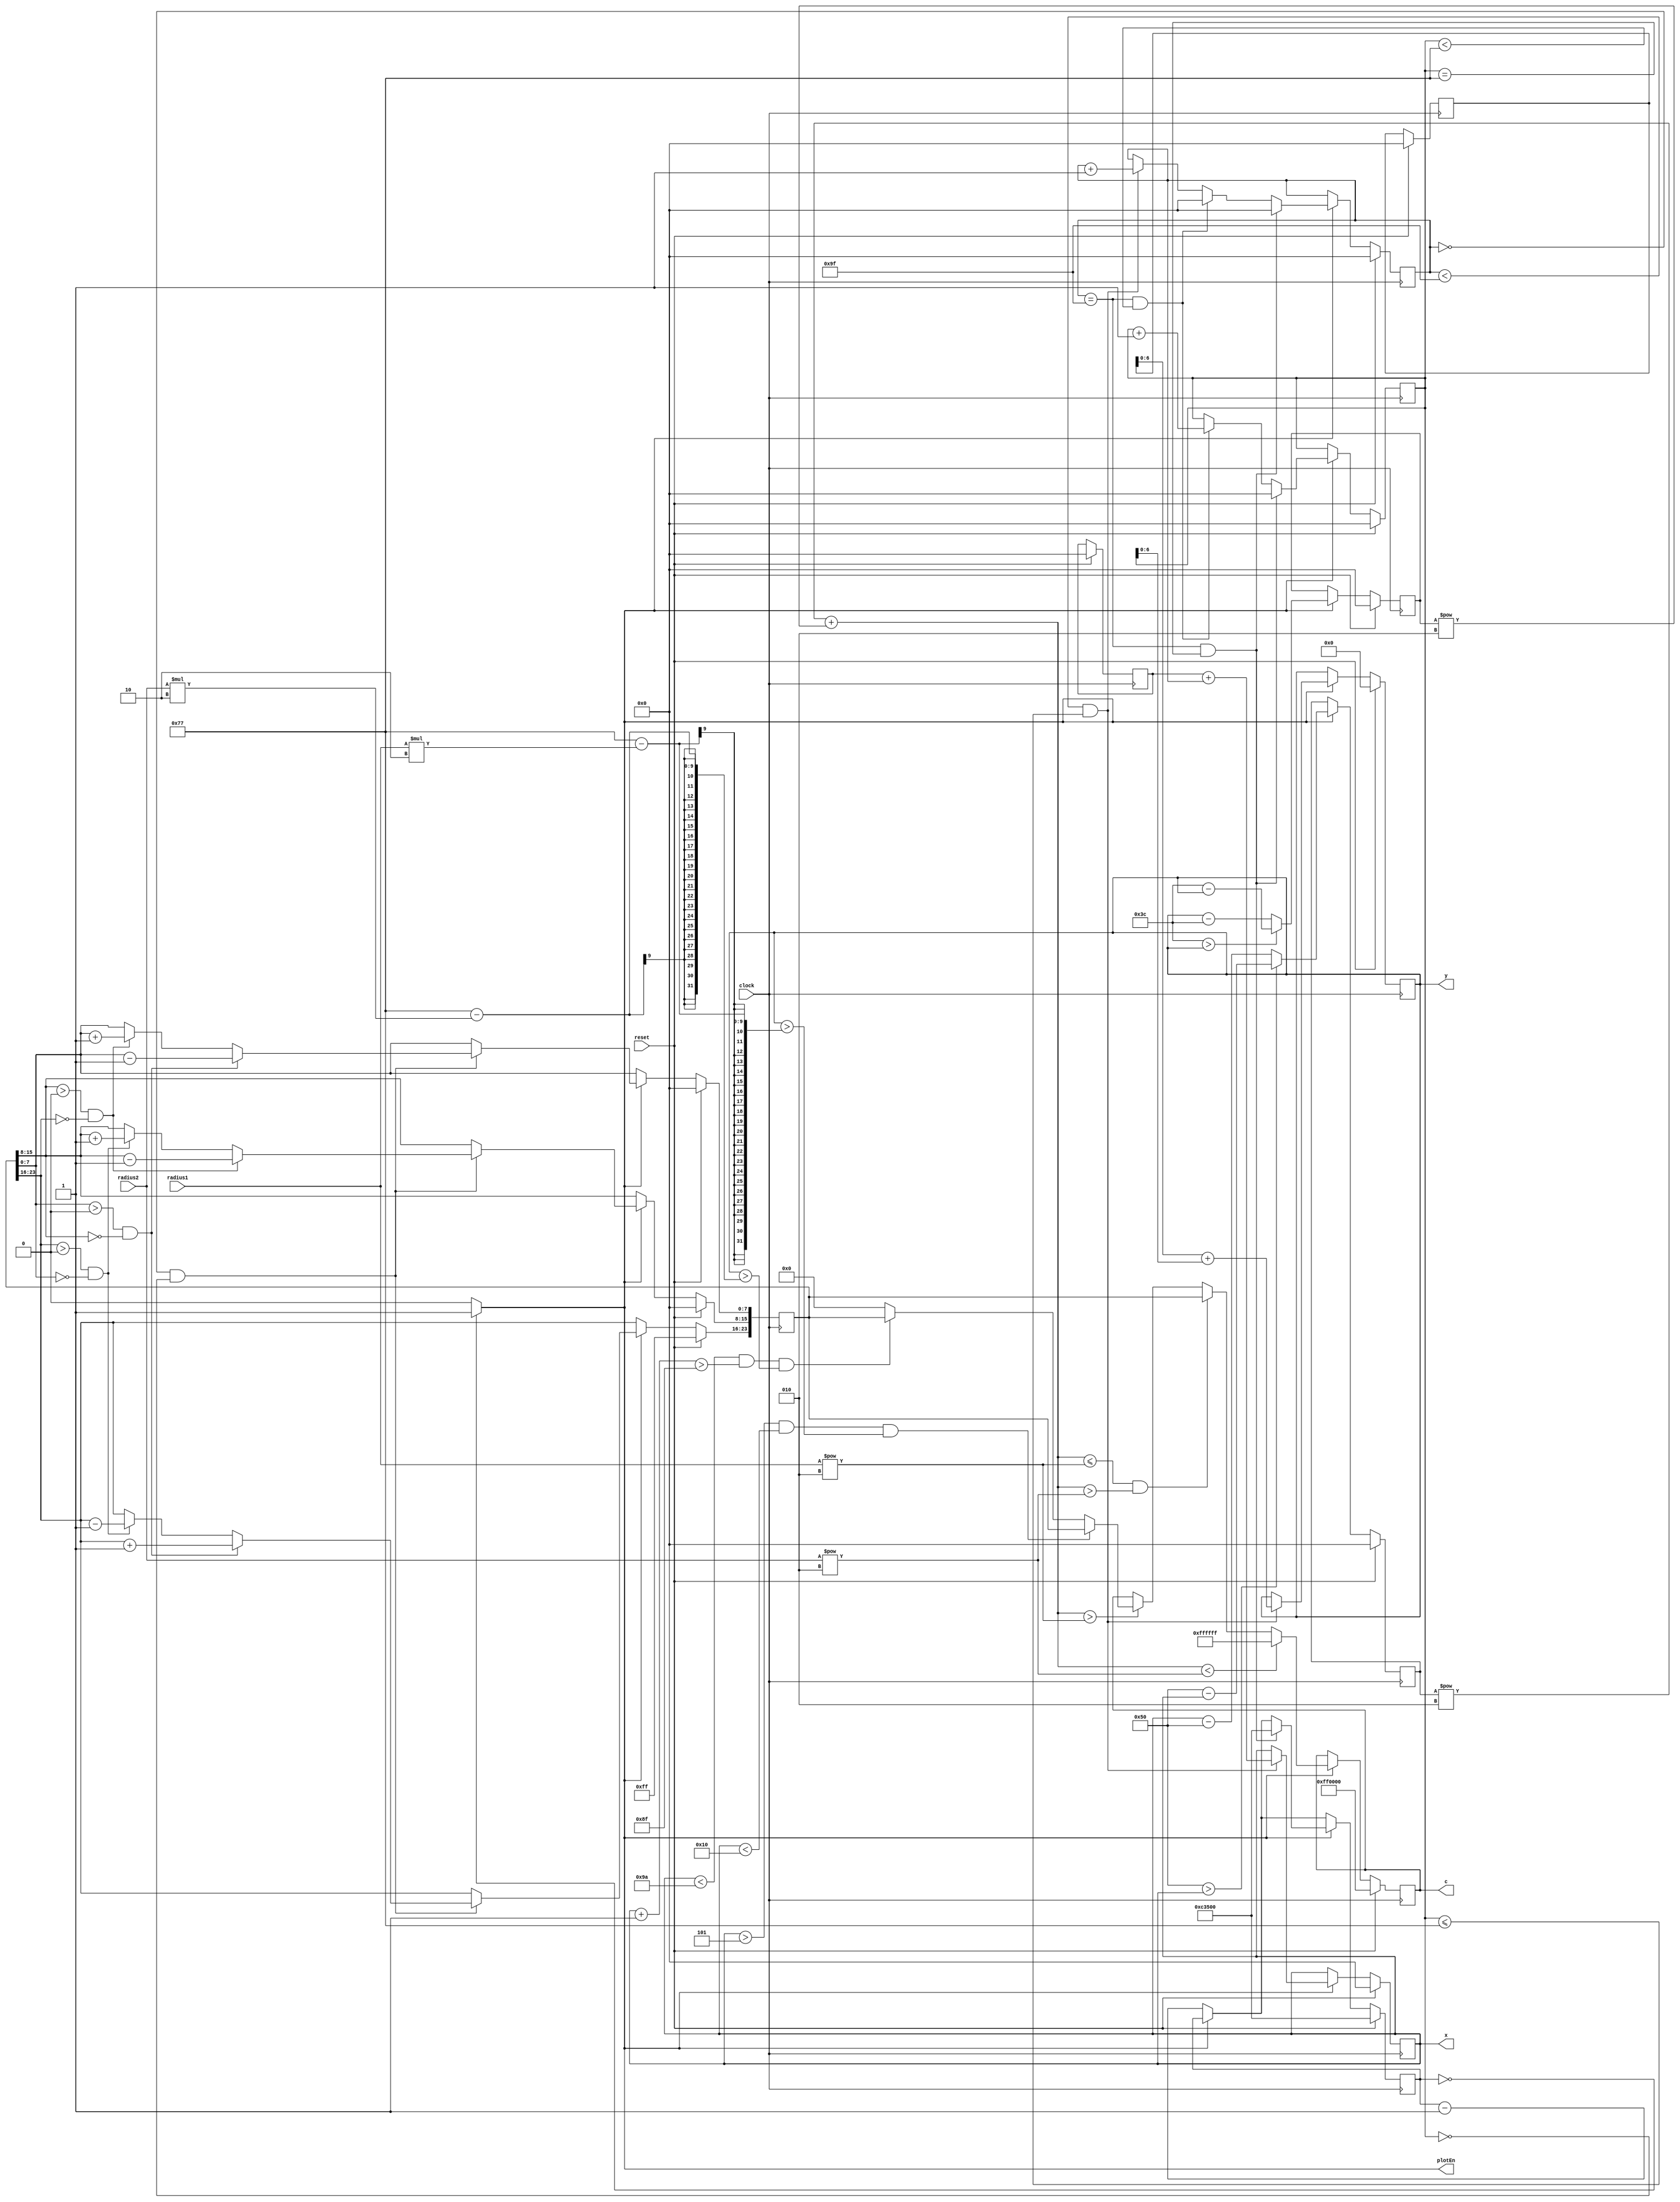
module plotdata(
	input clock,
	input reset,
	input [6:0]radius1,
	input [6:0]radius2,
	output reg [7:0] x,
	output reg [6:0] y,
	output reg [23:0] c,
	output plotEn);

	reg [7:0] buffer_x, buffer_y, counter_x, counter_y;
   reg [23:0] buffer_c;
	reg [20:0]counter;
	reg [7:0]x_middle, y_middle;
	
	localparam limit_x = 8'b10100000 - 1;
   localparam limit_y = 8'b01111000 - 1;
	localparam limit_x_half = (limit_x + 1)/2;
	localparam limit_y_half = (limit_y + 1)/2;
	
	assign plotEn = (counter == 0) ? 1:0;
	
	always@(posedge clock) begin
        if(reset) begin
            counter_x <= 8'b0;
            counter_y <= 8'b0;
            buffer_x <= 8'b0;
            buffer_y <= 7'b0;
				buffer_c <= 24'HFF0000;
            x <= 8'b0;
            y <= 7'b0;
            c <= 24'HFF0000;
				x_middle <= 0;
				y_middle <= 0;
				counter <= 20'b11000011010100000000;
        end
        else begin
				if (!plotEn) begin
					counter <= counter - 1;
				end
            if(plotEn) begin
					 x_middle <= (limit_x_half > x)? (limit_x_half - x):(x - limit_x_half);
					 y_middle <= (limit_y_half > y)? (limit_y_half - y):(y - limit_y_half);
                if((counter_x < limit_x) && (counter_y <= limit_y)) begin
                    x <= buffer_x + counter_x;
                    y <= buffer_y + counter_y;
                    counter_x <= counter_x + 1;
                end
                if((counter_x == limit_x) && (counter_y < limit_y)) begin
                    counter_y <= counter_y + 1;
                    counter_x <= 0;
                end
					 if ((counter_x == limit_x) && (counter_y == limit_y)) begin
							counter_x <= 0;
							counter_y <= 0;
							counter <= 20'b11000011010100000000;
					 end
					 if ((counter_x == 0) && (counter_y == 0)) begin
							if (buffer_c[23:16] > 0 && buffer_c[7:0] == 0) begin
								buffer_c[23:16] <= buffer_c[23:16] - 1;		//changes red value
								buffer_c[15:8] <= buffer_c[15:8] + 1;			//changes green value
							end
							if (buffer_c[15:8] > 0 && buffer_c[23:16] == 0) begin
								buffer_c[15:8] <= buffer_c[15:8] - 1;
								buffer_c[7:0] <= buffer_c[7:0] + 1;
							end
							if (buffer_c[7:0] > 0 && buffer_c[15:8] == 0) begin
								buffer_c[23:16] <= buffer_c[23:16] + 1;
								buffer_c[7:0] <= buffer_c[7:0] - 1;
							end
					 end
					 if ((({8'b0,x_middle}**2) + ({8'b0,y_middle}**2)) > {8'b0,radius1}**2) begin
							if ((x > 8'd5) && (x < 8'd16) && (y > limit_y - (radius1*2))) begin
								c <= buffer_c;
							end
							else begin
								if ((x < limit_x - 8'd5) && (x+1 > limit_x - 8'd16) && (y > limit_y - (radius2*2))) begin
									c <= buffer_c;
								end
								else begin
									c <= 24'b0;
								end
							end
					 end
					 if (((({8'b0,x_middle}**2) + ({8'b0,y_middle}**2)) <= {8'b0,radius1}**2) &&  ((({8'b0,x_middle} ** 2) + ({8'b0,y_middle} ** 2)) > {8'b0,radius2}**2)) begin
							c <= buffer_c;
					 end
					 if ((({8'b0,x_middle}**2) + ({8'b0,y_middle}**2)) < {8'b0,radius2}**2) begin
							c <= 24'HFFFFFF;
					 end
            end
        end
    end
		
endmodule